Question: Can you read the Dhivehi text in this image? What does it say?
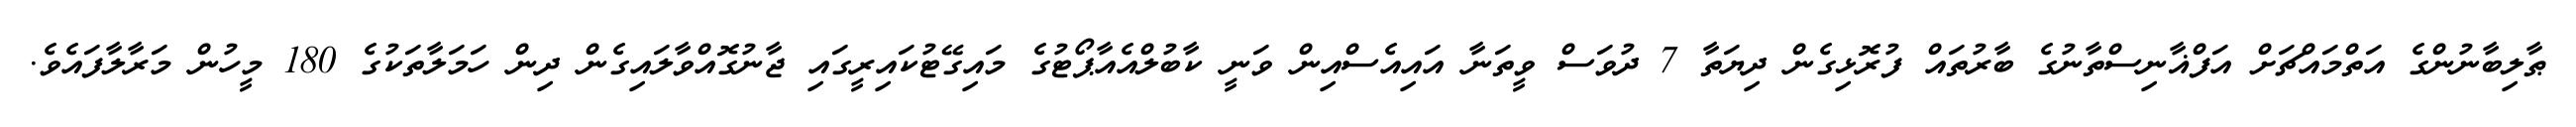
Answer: ޠާލިބާނުންގެ އަތްމައްޗަށް އަފްޣާނިސްތާނުގެ ބާރުތައް ފުރޮޅިގެން ދިޔަތާ 7 ދުވަސް ވީތަނާ އައިއެސްއިން ވަނީ ކާބުލްއެއާޕޯޓުގެ މައިގޭޓުކައިރީގައި ޖާނުގޮއްވާލައިގެން ދިން ހަމަލާތަކުގެ 180 މީހުން މަރާލާފައެވެ.